Vaccination North-Western Provinces and Oudh 1878-1895 - 1878-1895
Year: 1878
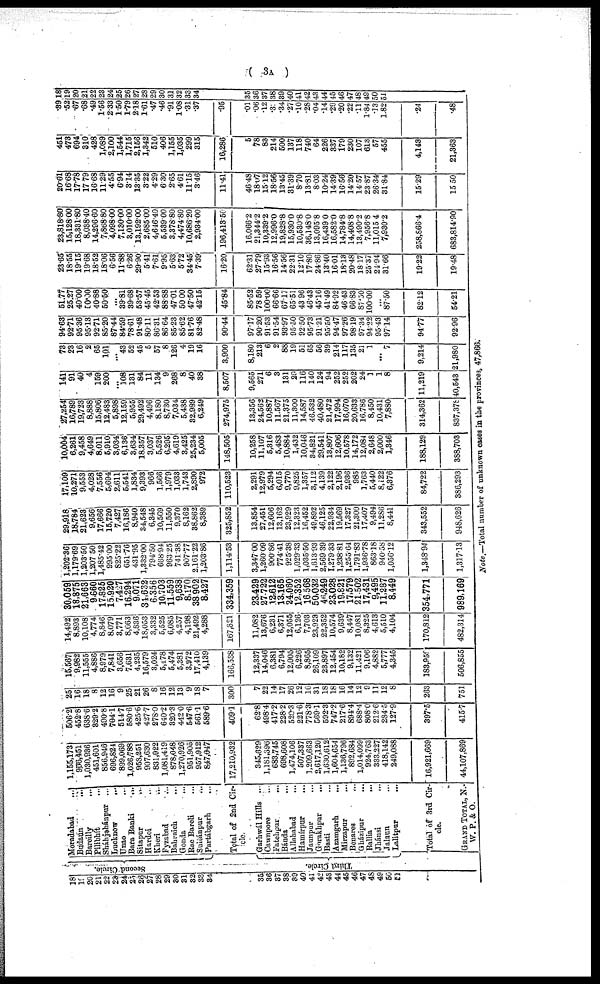
( 3A )
18
19
20
21
22
23
24
25
26
27
28
29
30
31
32
33
34
35.
36
87
38
39
40
41
42
43
44
45
46
47
48
49
50
51
Second Circle.
Third Circle.
Moradabad
...
Budaun ...
Bareilly ...
Pilibhít ...
Sháhjahánpur ...
Lucknow
...
Unao ...
Bara Banki
...
Sitapur
...
Hardoi
...
Kheri ...
Fyzabad ...
Bahraich ...
Gonda
...
Rae Bareli ...
Sultánpur
...
Partábgarh ...
Total of 2nd Cir¬
cle.
Garhwál Hills ...
Cawnpore ...
Fatehpur
...
Bánda ...
Allahabad ...
Hamírpur ...
Jaunpur ...
Gorakhpur
...
Basti ...
Azamgarh ...
Mirzapur ...
Benares ...
Gházipur ...
Ballia ...
Jhánsi ...
Jalaun ...
Lalitpur ...
Total of 3rd Cir-
cle.
GRAND TOTAL, N.-
W. P. & O.
1,155,173
906,451
1,030,936
451,601
856,946
696,824
899,069
1,026,788
958,251
907,630
831,922
1,081,419
878,048
1,270,926
951,905
957,912
847,047
17,210,932
345,629
1,181,396
683,745
698,608
1,474,106
507,337
1,209,663
2,617,120
1,630,612
1,604,654
1,136,796
892,684
1,014,099
924,763
333,227
418,142
249,088
16,921,669
44,107,869
506.2
452.8
638.6
329.2
490.8
704.1
514.7
580.6
425.6
427.7
278.0
640.2
320.3
442.0
547.6
561.1
589.6
409.1
62.8
498.4
417.2
228.2
520.3
221.6
778.3
569.1
592.3
747.2
217.6
894.4
688.4
808.0
212.6
284.5
127.9
397.5
415.7
25
16
18
8
12
16
9
25
21
26
8
16
12
13
9
18
7
300
7
22
14
17
26
12
16
31
18
18
16
14
12
9
11
12
8
263
751
15,567
9,982
11,555
4,886
8,979
7,841
3,656
7,631
4,235
16,579
3,024
5,178
5,474
5,381
3,972
17,410
4,139
166,538
12,337
14,046
6,381
6,794
12,005
6,226
8,865
26,109
23,897
12,454
10,182
9,132
11,421
9,106
4,882
5,777
4,345
183,959
506,855
14,492
8,893
10,108
4,774
8,846
8,079
3,771
8,663
4,836
18,053
3,332
5,525
6,085
4,257
4,198
21,492
4,288
167,321
11,082
13,676
6,231
6,371
12,055
6,126
7,703
23,923
22,352
10,574
9,639
8,447
10,081
8,325
4,613
5,510
4,104
170,812
482,314
30,059
18,875
21,663
9,660
17,825
15,920
7,427
16,294
9,071
34,632
6,356
10,703
11,559
9,638
8,170
38,902
8,427
334,359
23,429
27,722
12,612
13,165
24,060
12,352
16,568
50,032
46,249
23,028
19,821
17,579
21,502
17,431
9,495
11,287
8,449
354,771
989,169
1,202.36
1,179.69
1,203.50
1,207.50
1,485.42
995.00
825.22
651.76
431.95
1,332.00
794.50
668.94
963.25
741.38
907.77
2,161.22
1,203.86
1,114.53
3,347.00
1,260.09
900.86
774.41
925.38
1,029.33
1,035.50
1,613.93
2,569.39
1,279.33
1,238.81
1,255.64
1,791.83
1,936.78
863.18
940.58
1,056.12
1,343.94
1,317.13
29,918
18,784
21,623
9,656
17,666
15,720
7,427
16,186
8,940
34,548
6,345
10,569
11,550
9,370
8,162
38,862
8,389
325,852
13,854
27,451
12,606
13,162
23,929
12,323
16,452
49,892
46,125
22,934
19,569
17,327
21,300
17,407
9,494
11,286
8,441
343,552
948,626
17,109
10,271
9,553
4,028
7,556
5,694
2,611
5,541
1,834
9,393
966
1,566
1,979
1,033
1,743
2,890
972
110,523
2,291
12,979
5,294
6,015
9,770
9,825
1,357
3,112
4,139
2,122
2,196
2,936
985
1,763
5,440
8,122
6,376
84,722
386,293
10,004
6,261
9,458
4,649
8,011
5,910
3,034
6,136
3,634
18,357
3,037
5,526
6,295
4,619
3,425
25,234
5,005
148,505
10,258
11,107
5,316
5,483
10,884
1,432
10,046
34,821
29,541
13,807
12,606
10,578
14,172
12,084
2,648
2,000
1,346
188,129
388,703
27,254
16,789
19,723
8,888
15,806
12,483
5,898
12,159
5,955
29,492
4,496
8,180
8,730
7,034
5,438
32,989
6,249
274,975
13,356
24,562
10,887
11,567
21,375
11,300
14,587
46,532
40,480
21,472
17,994
16,070
20,633
16,786
8,450
10,431
7,880
314,362
837,378
141
91
40
4
159
200
...
108
131
84
11
134
9
268
8
40
38
8,507
9,565
271
6
3
131
29
116
140
124
94
252
252
202
24
1
1
8
11,219
40,543
73 23
16
2
65
101
...
43
52
45
5
57
8
126
4
19
16
3,900
8,180
213
6
2
88
19
51
65
56
39
214
117
135
21
1
...
7
9,214
21,980
94.63
92.71
95.36
95.13
92.71
85.20
87.44
84.59
78.61
91.48
80.11
86.31
86.64
85.23
85.62
81.76
82.48
90.44
97.17
90.20
91.53
91.54
93.97
95.50
92.50
95.73
91.21
95.50
94.47
97.26
98.19
97.34
94.22
95.43
97.14
94.77
92.96
51.77
25.27
40.00
50.00
40.88
50.50
...
39.81
39.68
53.57
45.45
42.53
88.88
47.01
50.00
47.50
42.15
45.84
85.52
78.59
100.00
66.66
67.17
65.51
43.96
46.43
45.16
41.49
84.92
46.43
66.83
87.50
100.00
...
87.50
82.12
54.21
23.65
18.55
19.15
19.68
18.52
18.06
6.56
11.88
6.26
29.90
5.41
7.61
9.95
5.63
5.72
34.45
7.39
16.20
62.31
27.79
15.93
16.56
14.56
22.31
12.10
17.80
24.86
13.40
16.01
18.13
20.48
18.17
25.37
24.94
31.66
19.22
19.48
23,818.80
15,128.00
18,331.80
8,038.40
14,296.60
7,868.80
4,098.00
7,130.00
3,010.00
13,192.00
2,685.00
4,646.40
5,539.00
3,378.80
4,474.80
10,686.20
2,934.00
196,413.50
16,066.2
21,344.2
10,339.2
12,996.0
19,828.8
15,930.0
10,530.8
36,148.0
13,095.8
16,439.0
16,582.0
14,784.8
14,408.8
13,490.2
7,956.8
11,015.4
7,930.2
258,866.4
683,814.90
20.61
16.68
17.78
17.79
16.68
11.29
4.55
6.94
3.14
13.35
3.22
4.29
6.30
2.65
4.61
11.15
3.46
11.41
46.48
18.07
15.12
18.56
13.45
31.39
8.70
13.81
8.03
10.24
14.39
16.56
14.20
14.57
23.87
26.34
31.84
15.29
15.50
451
473
694
310
428
1,089
2,100
1,544
1,715
2,156
1,342
510
406
1,155
1,035
299
315
16,286
5
78
83
214
500
137
118
740
64
226
337
179
230
107
613
57
455
4,143
21,363
.39
.52
.67
.68
.49
1.56
2.33
1.50
1.79
2.18
1.61
.47
.46
.9
1.08
.31
.37
.95
.01
.06
.12
.3
.34
.27
.10
.28
.04
.14
.29
.20
.22
.11
1.84
.13
1.82
.24
.48
18
19
20
21
22
23
24
25
26
27
28
29
30
31
32
33
34
35
36
37
38
39
40
41
42
43
44
45
46
47
48
49
50
Note.—Total number of unknown cases in the provinces, 47,866.